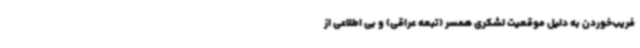
فریب‌خوردن به دلیل موقعیت لشکری همسر (تبعه عراقی) و بی اطلاعی از